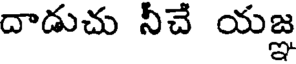
దాడుచు నీచే యజ్ఞ